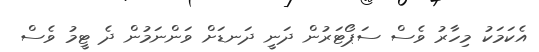
އެކަމަކު މިހާރު ވެސް ސަޕޯޓަރުން ދަނީ ދަނޑަށް ވަންނަމުން ދެ ޓީމު ވެސް